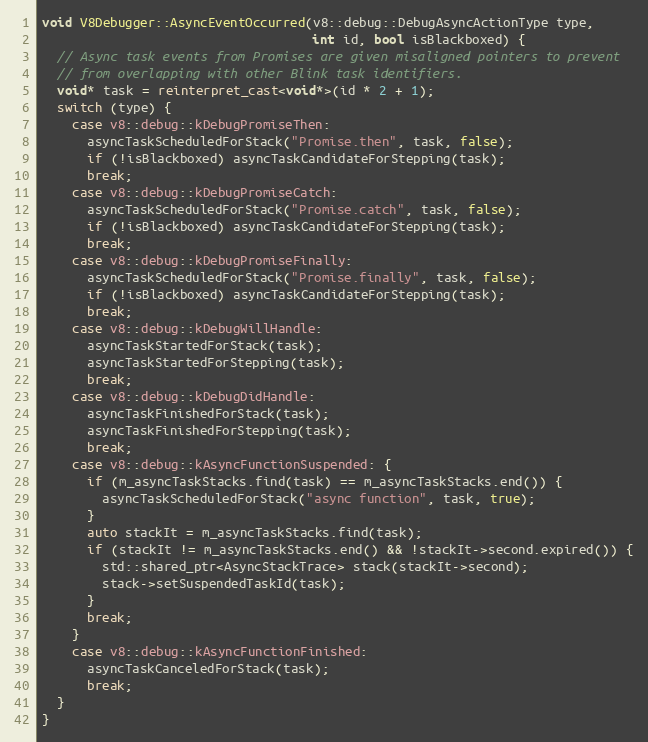
Language: C++
void V8Debugger::AsyncEventOccurred(v8::debug::DebugAsyncActionType type,
                                    int id, bool isBlackboxed) {
  // Async task events from Promises are given misaligned pointers to prevent
  // from overlapping with other Blink task identifiers.
  void* task = reinterpret_cast<void*>(id * 2 + 1);
  switch (type) {
    case v8::debug::kDebugPromiseThen:
      asyncTaskScheduledForStack("Promise.then", task, false);
      if (!isBlackboxed) asyncTaskCandidateForStepping(task);
      break;
    case v8::debug::kDebugPromiseCatch:
      asyncTaskScheduledForStack("Promise.catch", task, false);
      if (!isBlackboxed) asyncTaskCandidateForStepping(task);
      break;
    case v8::debug::kDebugPromiseFinally:
      asyncTaskScheduledForStack("Promise.finally", task, false);
      if (!isBlackboxed) asyncTaskCandidateForStepping(task);
      break;
    case v8::debug::kDebugWillHandle:
      asyncTaskStartedForStack(task);
      asyncTaskStartedForStepping(task);
      break;
    case v8::debug::kDebugDidHandle:
      asyncTaskFinishedForStack(task);
      asyncTaskFinishedForStepping(task);
      break;
    case v8::debug::kAsyncFunctionSuspended: {
      if (m_asyncTaskStacks.find(task) == m_asyncTaskStacks.end()) {
        asyncTaskScheduledForStack("async function", task, true);
      }
      auto stackIt = m_asyncTaskStacks.find(task);
      if (stackIt != m_asyncTaskStacks.end() && !stackIt->second.expired()) {
        std::shared_ptr<AsyncStackTrace> stack(stackIt->second);
        stack->setSuspendedTaskId(task);
      }
      break;
    }
    case v8::debug::kAsyncFunctionFinished:
      asyncTaskCanceledForStack(task);
      break;
  }
}